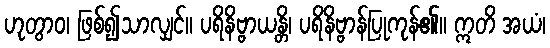
ဟုတွာဝ၊ ဖြစ်၍သာလျှင်။ ပရိနိဗ္ဗာယန္တိ၊ ပရိနိဗ္ဗာန်ပြုကုန်၏။ ဣတိ အယံ၊